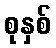
စုနှစ်